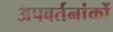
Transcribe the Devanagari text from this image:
अपवर्तनांकों